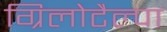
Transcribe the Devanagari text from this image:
ग्रिलोटैल्पा